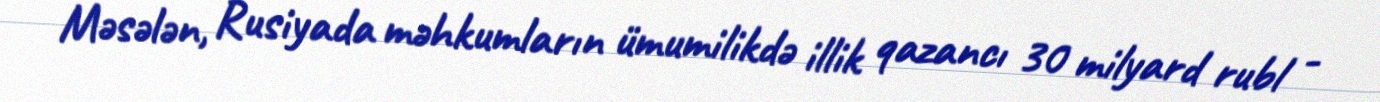
Məsələn, Rusiyada məhkumların ümumilikdə illik qazancı 30 milyard rubl -